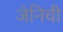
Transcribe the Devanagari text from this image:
जेनिची